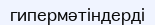
гипермәтіндерді